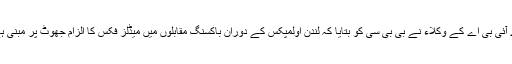
اے آئی بی اے کے وکلاء نے بی بی سی کو بتایا کہ لندن اولمپکس کے دوران باکسنگ مقابلوں میں میڈلز فکس کا الزام جھوٹ پر مبنی ہے۔